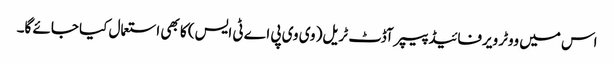
اس میں ووٹر ویرفائیڈ پیپر آڈٹ ٹریل( وی وی پی اے ٹی ایس) کا بھی استعمال کیا جائے گا۔